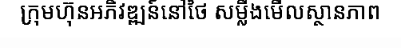
ក្រុមហ៊ុនអភិវឌ្ឍន៍នៅថៃ សម្លឹងមើលស្ថានភាព